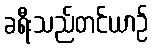
ခရီးသည်တင်ယာဉ်